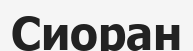
Сиоран